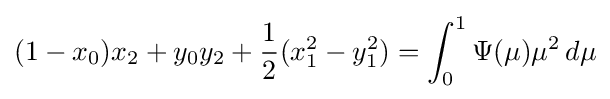
(1-x_{0})x_{2}+y_{0}y_{2}+{\frac {1}{2}}(x_{1}^{2}-y_{1}^{2})=\int _{0}^{1}\Psi (\mu )\mu ^{2}\,d\mu